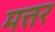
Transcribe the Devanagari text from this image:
मत्तर